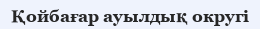
Қойбағар ауылдық округі